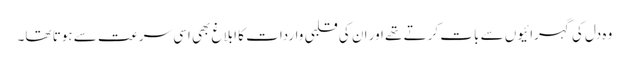
وہ دل کی گہرائیوں سے بات کرتے تھے اور ان کی قلبی واردات کا ابلاغ بھی اسی سرعت سے ہوتا تھا۔